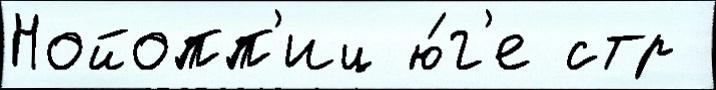
Нойопп'иц ю́г'е стр